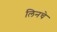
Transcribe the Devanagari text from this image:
लिनचे